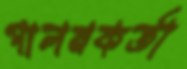
পালনকর্তা